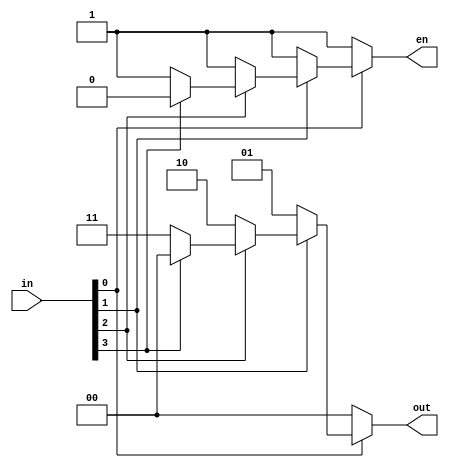
`default_nettype none
module prioenc #(
		 parameter REQ_LEN = 4,
		 parameter GRANT_LEN = 2
		 )
   (
    input wire [REQ_LEN-1:0]   in,
    output reg [GRANT_LEN-1:0] out,
    output reg 		       en
   );
   
   integer 		      i;
   always @ (*) begin
      en = 0;
      out = 0;
      for (i = REQ_LEN-1 ; i >= 0 ; i = i - 1) begin
	 if (~in[i]) begin
	    out = i;
	    en = 1;
	 end
      end
   end
endmodule

module maskunit  #(
		   parameter REQ_LEN = 4,
		   parameter GRANT_LEN = 2
		   )
   (
    input wire [GRANT_LEN-1:0] mask,
    input wire [REQ_LEN-1:0]   in,
    output reg [REQ_LEN-1:0]   out
   );
   
   integer 		      i;
   always @ (*) begin
      out = 0;
      for (i = 0 ; i < REQ_LEN ; i = i+1) begin
	 out[i] = (mask < i) ? 1'b0 : 1'b1;
      end
   end
endmodule

module allocateunit  #(
		       parameter REQ_LEN = 4,
		       parameter GRANT_LEN = 2
		       )
   (
    input wire [REQ_LEN-1:0] 	busy,
    output wire 		en1,
    output wire 		en2,
    output wire [GRANT_LEN-1:0] free_ent1,
    output wire [GRANT_LEN-1:0] free_ent2,
    input wire [1:0] 		reqnum,
    output wire 		allocatable
   );
   
   wire [REQ_LEN-1:0] 	       busy_msk;
   
   prioenc #(REQ_LEN, GRANT_LEN) p1
     (
      .in(busy),
      .out(free_ent1),
      .en(en1)
      );

   maskunit #(REQ_LEN, GRANT_LEN) msku
     (
      .mask(free_ent1),
      .in(busy),
      .out(busy_msk)
      );
   
   prioenc #(REQ_LEN, GRANT_LEN) p2
     (
      .in(busy | busy_msk),
      .out(free_ent2),
      .en(en2)
      );

   assign allocatable = (reqnum > ({1'b0,en1}+{1'b0,en2})) ? 1'b0 : 1'b1;
endmodule
`default_nettype wire